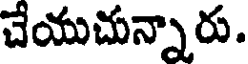
చేయుచున్నారు.